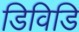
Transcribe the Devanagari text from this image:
डिविडि